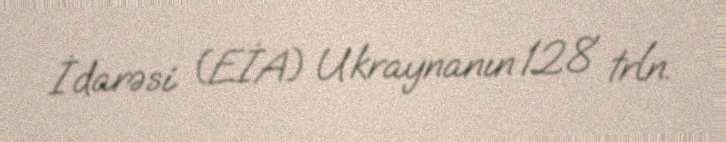
İdarəsi (EİA) Ukraynanın 128 trln.